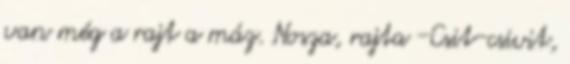
van még a rajt a máz. Nosza, rajta -Csit-csivit,